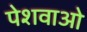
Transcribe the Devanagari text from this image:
पेशवाओ